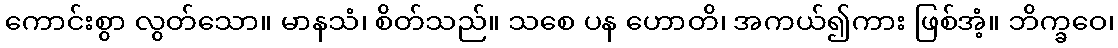
ကောင်းစွာ လွတ်သော။ မာနသံ၊ စိတ်သည်။ သစေ ပန ဟောတိ၊ အကယ်၍ကား ဖြစ်အံ့။ ဘိက္ခဝေ၊